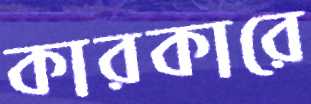
কারকারে